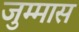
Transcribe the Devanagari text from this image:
जुम्मास